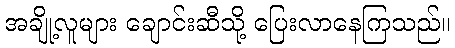
အချို့လူများ ချောင်းဆီသို့ ပြေးလာနေကြသည်။